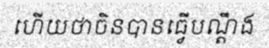
ហើយថាចិនបានធ្វើបណ្តឹង